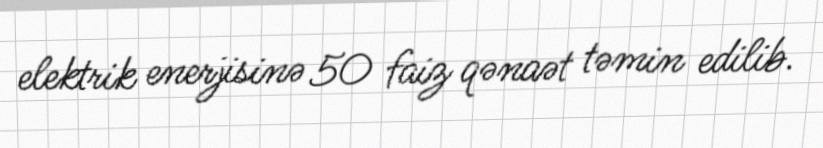
elektrik enerjisinə 50 faiz qənaət təmin edilib.